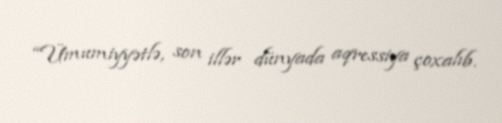
“Ümumiyyətlə, son illər dünyada aqressiya çoxalıb.